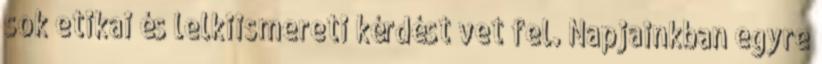
sok etikai és lelkiismereti kérdést vet fel. Napjainkban egyre